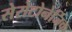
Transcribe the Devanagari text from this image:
सेरोटोनेर्जिक